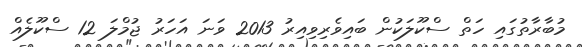
މުބާރާތުގައި ހަތް ސްކޫލަކުން ބައިވެރިވިއިރު 2013 ވަނަ އަހަރު ޖުމްލަ 12 ސްކޫލެއް